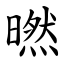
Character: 㬗